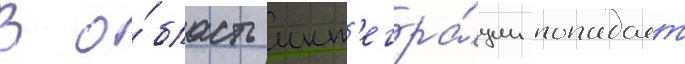
В о́бласть инт'егра́ции попадает